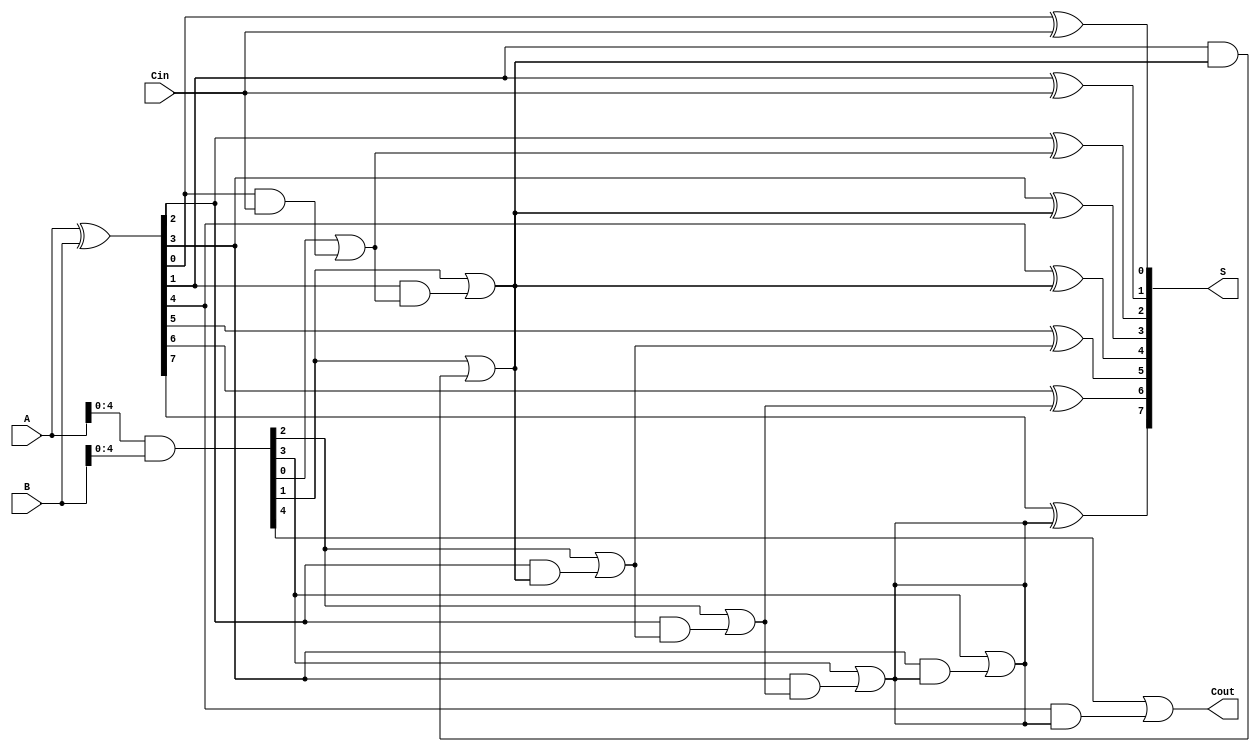
module BrentKungAdder #(parameter n = 8) (
    input [n-1:0] A,
    input [n-1:0] B,
    input Cin,
    output [n-1:0] S,
    output Cout
);

    // Generate and Propagate signals
    wire [n-1:0] G; // Generate
    wire [n-1:0] P; // Propagate
    wire [n:0] C;   // Carry signals

    // Compute Generate and Propagate signals
    assign G = A & B; // Generate
    assign P = A ^ B; // Propagate

    // Carry signals initialization
    assign C[0] = Cin;

    // First stage of the prefix tree
    genvar i;
    generate
        for (i = 0; i < n/2; i = i + 1) begin : stage1
            assign C[2*i + 1] = G[i] | (P[i] & C[2*i]);
            assign C[2*i + 2] = G[i + 1] | (P[i + 1] & C[2*i + 1]);
        end
    endgenerate

    // Second stage of the prefix tree
    generate
        for (i = 0; i < n/4; i = i + 1) begin : stage2
            assign C[4*i + 3] = G[2*i + 1] | (P[2*i + 1] & C[4*i + 1]);
            assign C[4*i + 4] = G[2*i + 2] | (P[2*i + 2] & C[4*i + 3]);
        end
    endgenerate

    // Final carry-out
    assign Cout = C[n];

    // Sum calculation
    assign S[0] = P[0] ^ Cin;
    generate
        for (i = 1; i < n; i = i + 1) begin : sum_calc
            assign S[i] = P[i] ^ C[i - 1];
        end
    endgenerate

endmodule